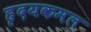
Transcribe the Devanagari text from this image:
हृदयकमल